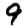
Digit: 9